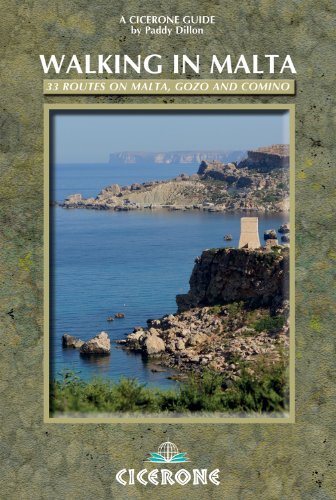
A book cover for Walking in Malta: 33 Routes on Malta, Gozo and Comino (Cicerone Guides); Paddy Dillon; Travel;